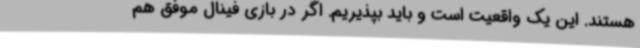
هستند. این یک واقعیت است و باید بپذیریم. اگر در بازی فینال موفق هم